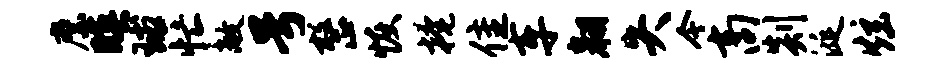
縻暝球忙敞号整恢掩隹车翱失今商剡涎炫